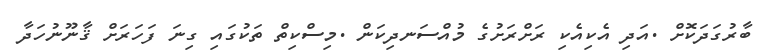
ބާރުގަދަކޮށް .އަދި އެކިއެކި ރަށްރަށުގެ މުއްސަނދިކަން .މިސްކިތް ތަކުގައި ގިނަ ފަހަރަށް ޤާނޫނުހަދާ